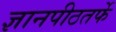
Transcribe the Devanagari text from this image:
ज्ञानपीठतर्फे